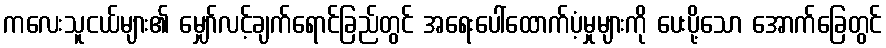
ကလေးသူငယ်များ၏ မျှော်လင့်ချက်ရောင်ခြည်တွင် အရေးပေါ်ထောက်ပံ့မှုများကို ပေးပို့သော အောက်ခြေတွင်